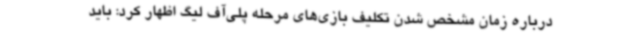
درباره زمان مشخص شدن تکلیف بازی‌های مرحله پلی‌آف لیگ اظهار کرد: باید